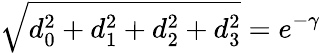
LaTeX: \sqrt{d_{0}^{2}+d_{1}^{2}+d_{2}^{2}+d_{3}^{2}}=e^{-\gamma}